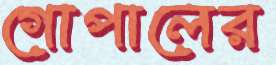
গোপালের